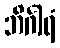
ဘိင်္ဂါရံ